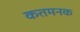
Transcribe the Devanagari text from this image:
कतमनक